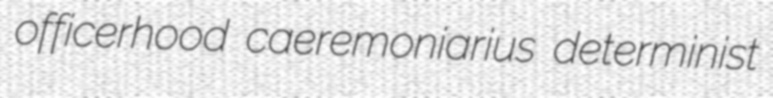
officerhood caeremoniarius determinist